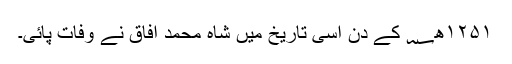
۱۲۵۱ھ؁ کے دن اسی تاریخ میں شاہ محمد آفاق نے وفات پائی۔